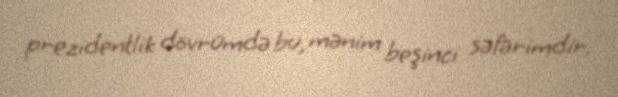
prezidentlik dövrümdə bu, mənim beşinci səfərimdir.